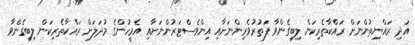
އަދި ރައްޔިތުންނަށް ރައްކާތެރިކަން ލިބިގެންވާ ފަތުރުވެރިންނަށާއި އިންވެސްޓަރުންނަށާއި އެމީހުންގެ މުދަލަށް ރައްކާތެރިކަން ލިބިގެންވާ